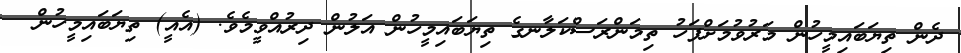
ދެން ތިޔަބައިމީހުން މަރުވުމަށްފަހު ތިމަންރަސްކަލާނގެ ތިޔަބައިމީހުން އަލުން ދިރުއްވީމެވެ. (އެއީ) ތިޔަބައިމީހުން